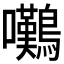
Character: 𫛗